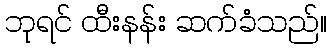
ဘုရင် ထီးနန်း ဆက်ခံသည်။